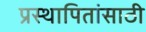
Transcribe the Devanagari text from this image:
प्रस्थापितांसाठी